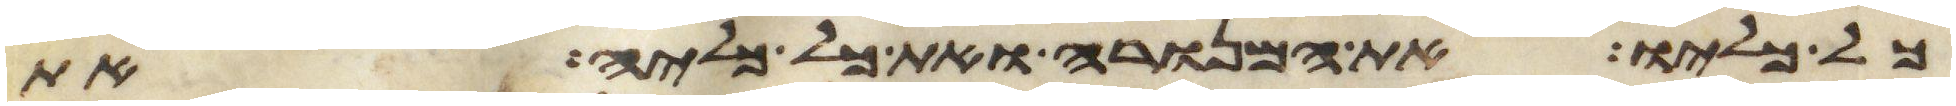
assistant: כל כליו את המנורה ואת כל כליה את